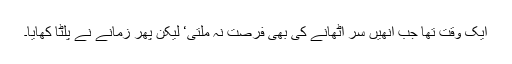
ایک وقت تھا جب انھیں سر اُٹھانے کی بھی فرصت نہ ملتی‘ لیکن پھر زمانے نے پلٹا کھایا۔